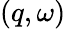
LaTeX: (q,\omega)